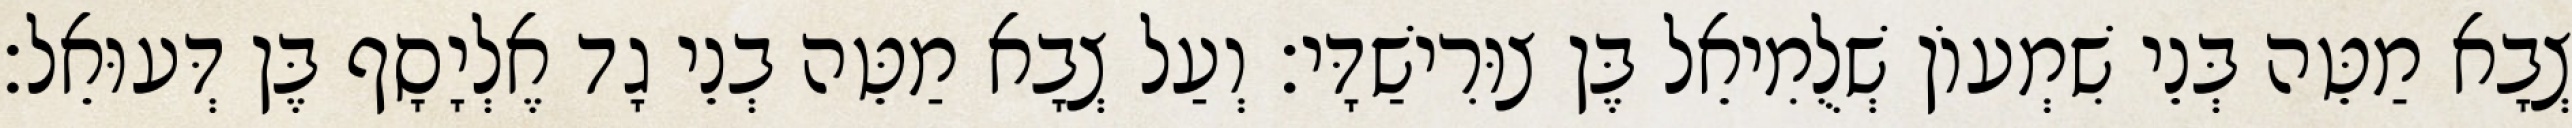
צְבָא מַטֵּה בְּנֵי שִׁמְעוֹן שְׁלֻמִיאֵל בֶּן צוּרִישַׁדָּי׃ וְעַל צְבָא מַטֵּה בְנֵי גָד אֶלְיָסָף בֶּן דְּעוּאֵל׃